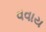
વવાય